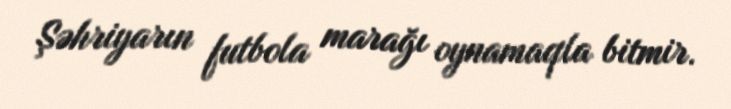
Şəhriyarın futbola marağı oynamaqla bitmir.